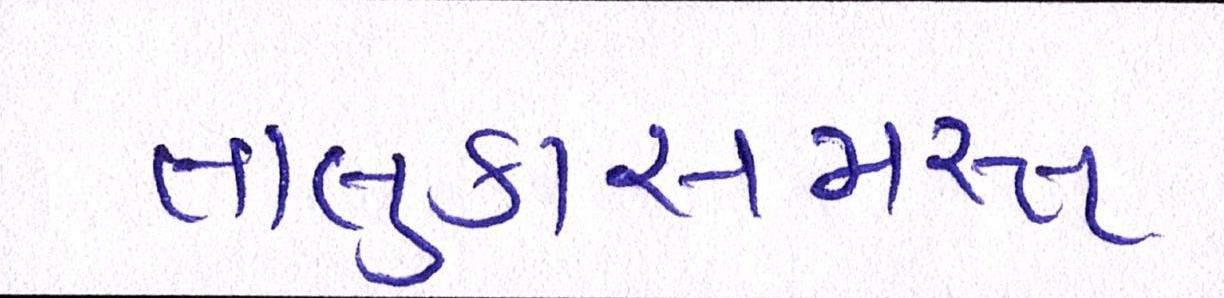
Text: તાલુકાસમસ્ત